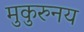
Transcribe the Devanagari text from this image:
मुकुरुनय